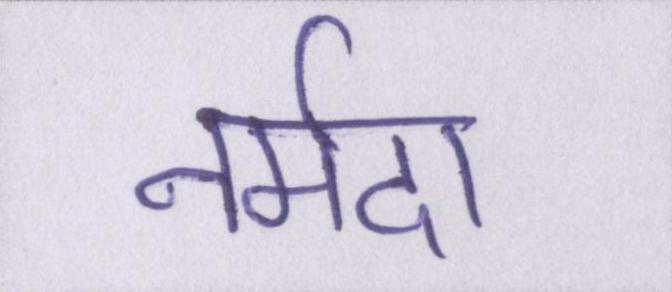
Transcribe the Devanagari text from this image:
नर्मदा